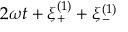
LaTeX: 2 \omega t + \xi _ { + } ^ { ( 1 ) } + \xi _ { - } ^ { ( 1 ) }